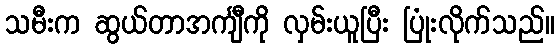
သမီးက ဆွယ်တာအင်္ကျီကို လှမ်းယူပြီး ပြုံးလိုက်သည်။